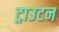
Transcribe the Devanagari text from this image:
ट्राउटन